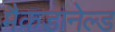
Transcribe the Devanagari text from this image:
मैकडानेल्ड